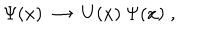
\Psi ( x ) \; \rightarrow \; U ( x ) \: \Psi ( x ) \; ,